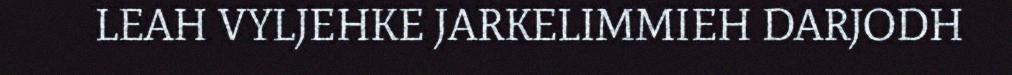
LEAH VYLJEHKE JARKELIMMIEH DARJODH